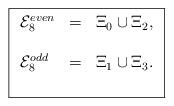
LaTeX: \begin{align*}\fbox{$\begin{array}{lll}{\cal E}_{8}^{even} &=& \Xi_{0}\cup \Xi_{2}, \\ \\{\cal E}_{8}^{odd} &=& \Xi_{1}\cup \Xi_{3}. \\ \\\end{array}$}\end{align*}